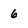
Character: 6